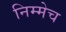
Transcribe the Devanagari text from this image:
निम्मेच